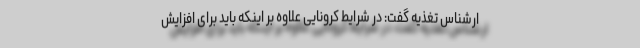
ارشناس تغذیه گفت: در شرایط کرونایی علاوه بر اینکه باید برای افزایش